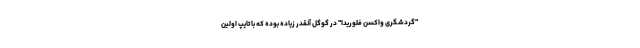
"گردشگری واکسن فلوریدا" در گوگل آنقدر زیاده بوده که با تایپ اولین